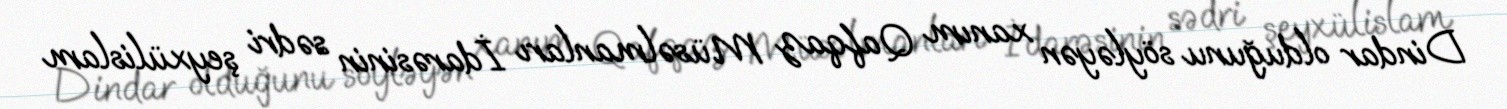
Dindar olduğunu söyləyən xanım Qafqaz Müsəlmanları İdarəsinin sədri şeyxülislam